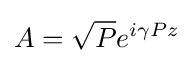
A={\sqrt {P}}e^{i\gamma Pz}